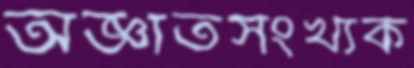
অজ্ঞাতসংখ্যক